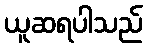
ယူဆရပါသည်